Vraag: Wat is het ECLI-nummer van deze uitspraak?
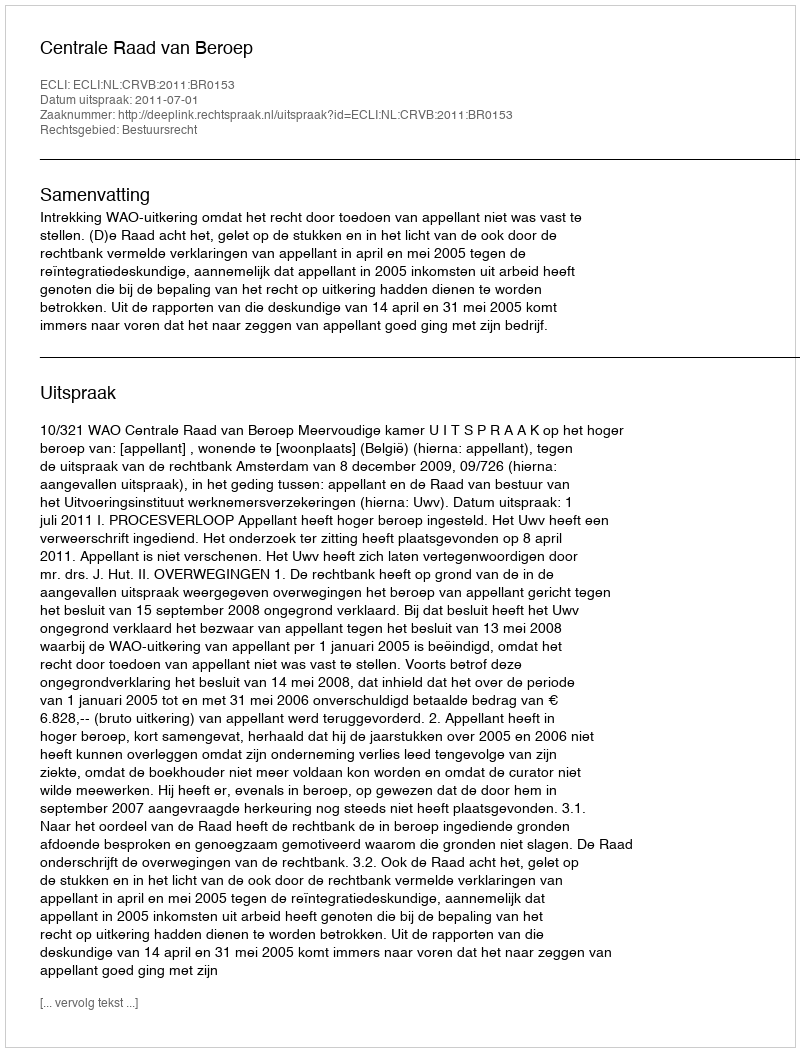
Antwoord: ECLI:NL:CRVB:2011:BR0153